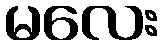
မလေး